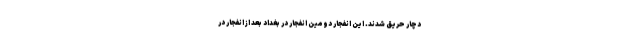
دچار حریق شدند. این انفجار دومین انفجار در بغداد بعد از انفجار در